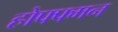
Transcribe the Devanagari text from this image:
होफ्फ्मन